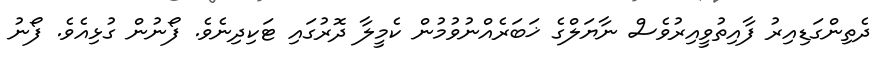
ދެތިންގަޑިއިރު ފާއިތުވީއިރުވެސް ނާޔަލްގެ ޚަބަރެއްނުވުމުން ކެމީލާ ދޮރުގައި ޓަކިދިނެވެ. ފޯނުން ގުޅިއެވެ. ފޯނު